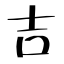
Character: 吉